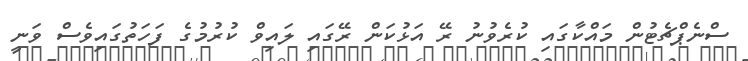
ސްނެޕްޗެޓުން މައްކާގައި ކުރެވުނު ރޭ އަޅުކަން ރޭގައި ލައިވް ކުރުމުގެ ފަހަތުގައިވެސް ވަނީ